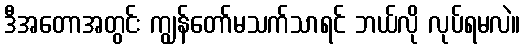
ဒီအတောအတွင်း ကျွန်တော်မသက်သာရင် ဘယ်လို လုပ်ရမလဲ။